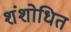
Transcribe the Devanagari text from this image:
शंशोधित